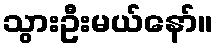
သွားဦးမယ်နော်။